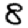
Digit: 8